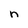
Character: n